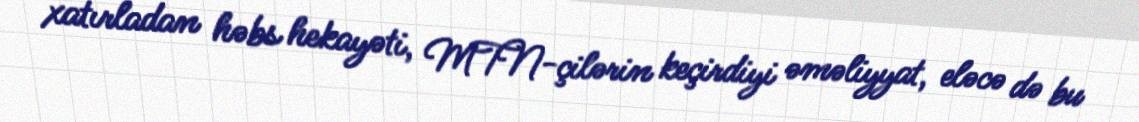
xatırladan həbs hekayəti, MTN-çilərin keçirdiyi əməliyyat, eləcə də bu